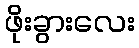
ဖိုးခွားလေး